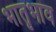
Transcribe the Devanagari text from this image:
भातृभाव